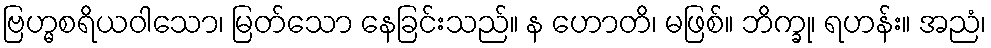
ဗြဟ္မစရိယဝါသော၊ မြတ်သော နေခြင်းသည်။ န ဟောတိ၊ မဖြစ်။ ဘိက္ခု၊ ရဟန်း။ အညံ၊